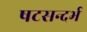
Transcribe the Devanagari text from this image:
षटसन्दर्भ